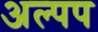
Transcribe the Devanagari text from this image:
अल्पप